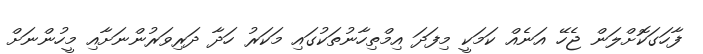
ފާހަގަކޮށްލަން ޖެހޭ އަނެއް ކަމަކީ މިފަދަ އިމްތިހާނުތަކުގައި މަކަރު ހަދާ ދަރިވަރުންނަށާއި މީހުންނަށް